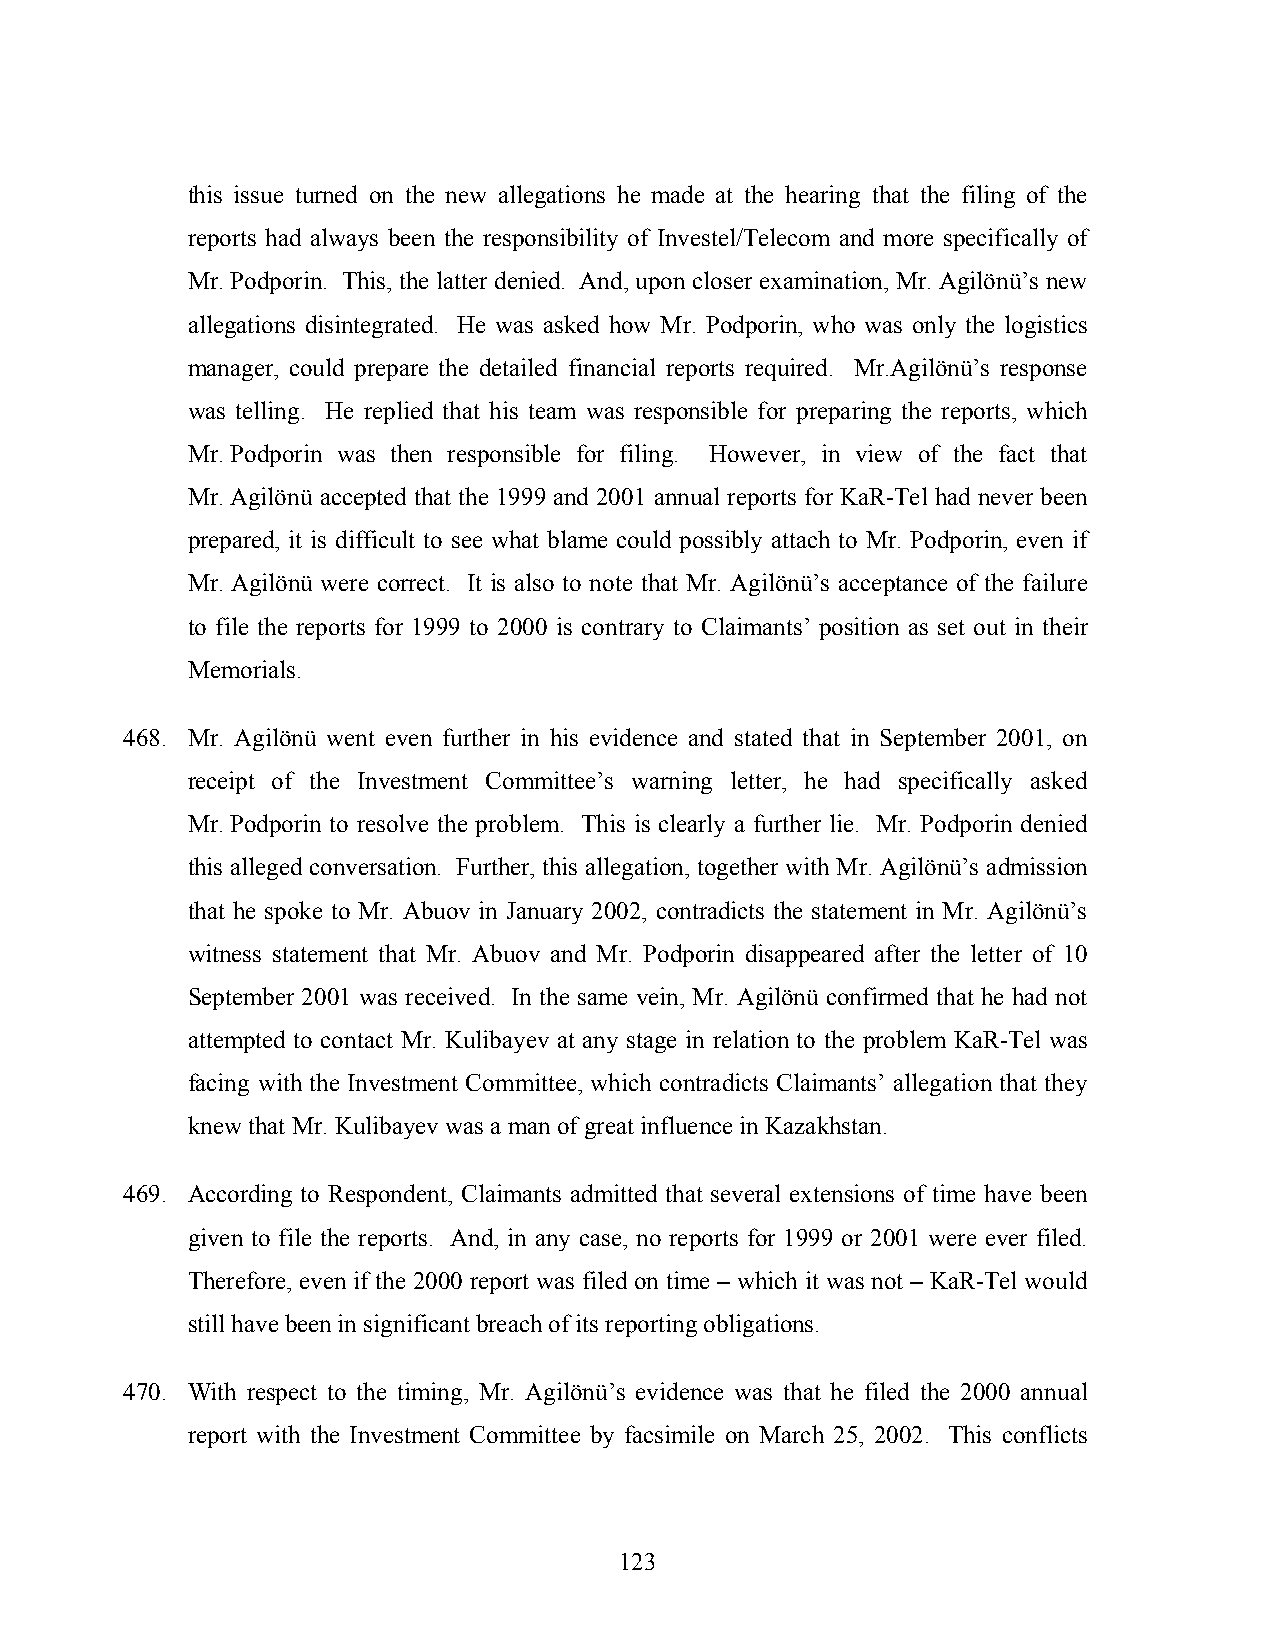
this issue turned on the new allegations he made at the hearing that the filing of the
 reports had always been the responsibility of Investel/Telecom and more specifically of
 Mr. Podporin. This, the latter denied. And, upon closer examination, Mr. Agilönü’s new
 allegations disintegrated. He was asked how Mr. Podporin, who was only the logistics
 manager, could prepare the detailed financial reports required. Mr.Agilönü’s response
 was telling. He replied that his team was responsible for preparing the reports, which
 Mr. Podporin was then responsible for filing. However, in view of the fact that
 Mr. Agilönü accepted that the 1999 and 2001 annual reports for KaR-Tel had never been
 prepared, it is difficult to see what blame could possibly attach to Mr. Podporin, even if
 Mr. Agilönü were correct. It is also to note that Mr. Agilönü’s acceptance of the failure
 to file the reports for 1999 to 2000 is contrary to Claimants’ position as set out in their
 Memorials.
 468. Mr. Agilönü went even further in his evidence and stated that in September 2001, on
 receipt of the Investment Committee’s warning letter, he had specifically asked
 Mr. Podporin to resolve the problem. This is clearly a further lie. Mr. Podporin denied
 this alleged conversation. Further, this allegation, together with Mr. Agilönü’s admission
 that he spoke to Mr. Abuov in January 2002, contradicts the statement in Mr. Agilönü’s
 witness statement that Mr. Abuov and Mr. Podporin disappeared after the letter of 10
 September 2001 was received. In the same vein, Mr. Agilönü confirmed that he had not
 attempted to contact Mr. Kulibayev at any stage in relation to the problem KaR-Tel was
 facing with the Investment Committee, which contradicts Claimants’ allegation that they
 knew that Mr. Kulibayev was a man of great influence in Kazakhstan.
 469. According to Respondent, Claimants admitted that several extensions of time have been
 given to file the reports. And, in any case, no reports for 1999 or 2001 were ever filed.
 Therefore, even if the 2000 report was filed on time – which it was not – KaR-Tel would
 still have been in significant breach of its reporting obligations.
 470. With respect to the timing, Mr. Agilönü’s evidence was that he filed the 2000 annual
 report with the Investment Committee by facsimile on March 25, 2002. This conflicts
 123